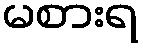
မစားရ